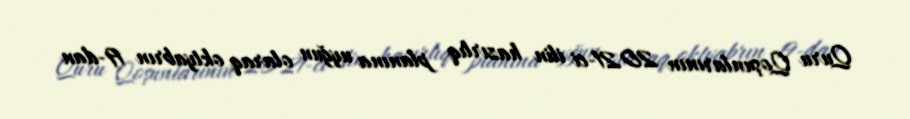
Quru Qoşunlarının 2021-ci ilin hazırlıq planına uyğun olaraq oktyabrın 19-dan